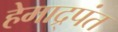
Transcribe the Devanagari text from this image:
हेमाद्र्पंत